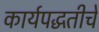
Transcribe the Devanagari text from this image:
कार्यपद्धतीचे